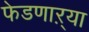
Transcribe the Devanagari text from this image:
फेडणाऱ्या